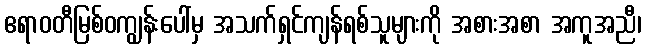
ဧရာဝတီမြစ်ဝကျွန်းပေါ်မှ အသက်ရှင်ကျန်ရစ်သူများကို အစားအစာ အကူအညီ၊